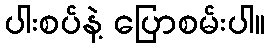
ပါးစပ်နဲ့ ပြောစမ်းပါ။